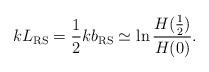
LaTeX: \begin{align*}k L_{\rm RS} = \frac12 k b_{\rm RS} \simeq\ln\frac{H(\frac12)}{H(0)}.\end{align*}